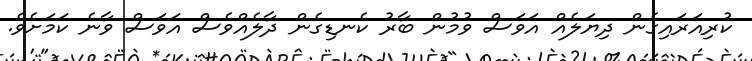
ކުރިއަރައިގެން ދިޔަލެއް އަވަސް ވުމުން ބާރު ކެނޑިގެން ދާލެއްވެސް އަވަސް ވާނެ ކަމަށެވެ.